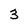
Character: 3